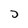
Character: D